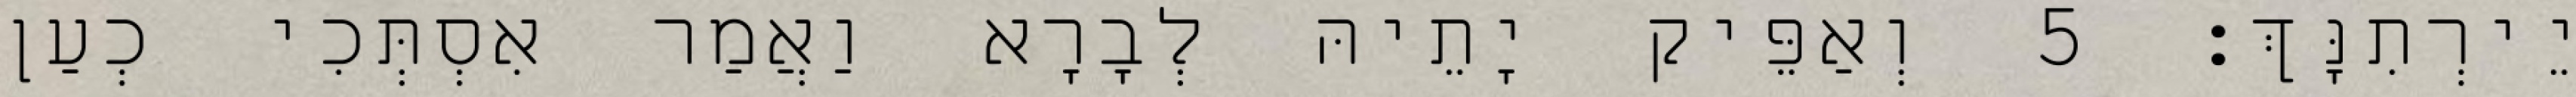
יֵירְתִנָּךְ׃ 5 וְאַפֵּיק יָתֵיהּ לְבָרָא וַאֲמַר אִסְתְּכִי כְעַן